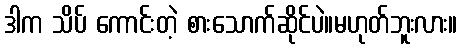
ဒါက သိပ် ကောင်းတဲ့ စားသောက်ဆိုင်ပဲ။မဟုတ်ဘူးလား။